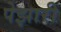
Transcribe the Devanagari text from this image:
पेझारी